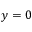
y = 0